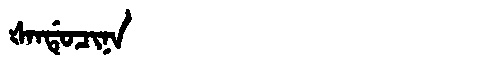
Manchu: ᡧᠠᠨᡩᡠᠴᡳᠨᠠ
Romanization: ŠANDUCINA